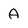
Character: A